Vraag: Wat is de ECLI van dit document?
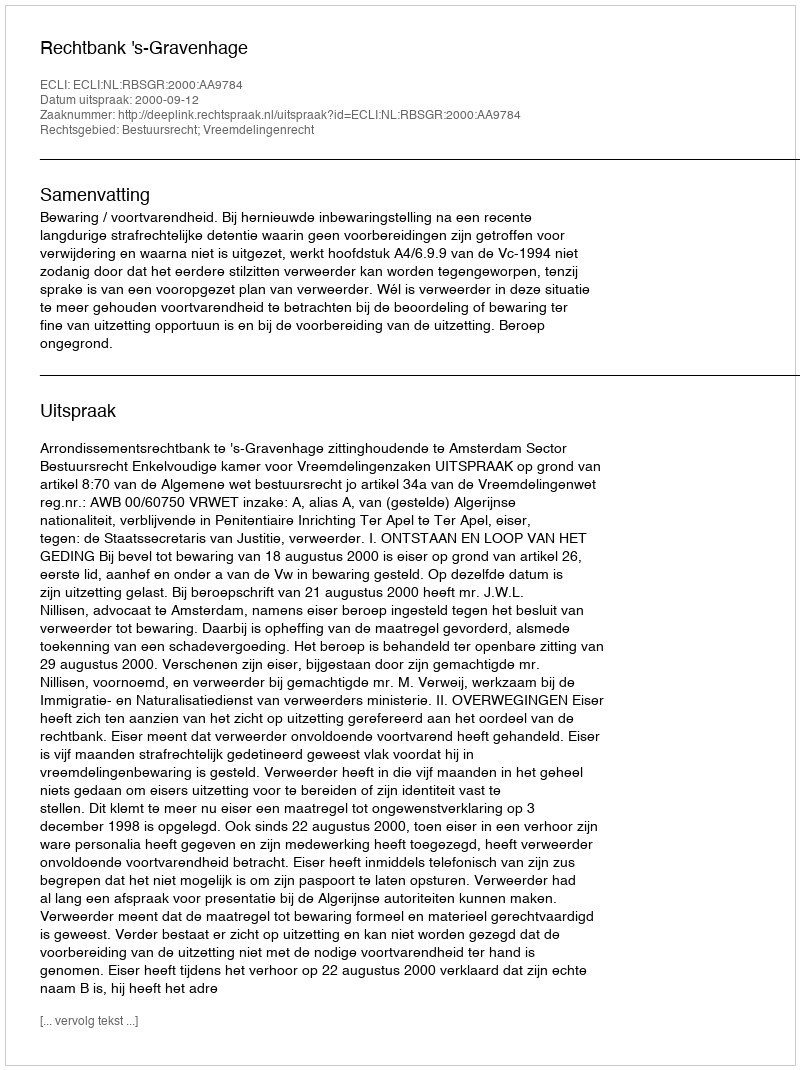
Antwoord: ECLI:NL:RBSGR:2000:AA9784